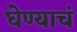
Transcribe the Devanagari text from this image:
घेण्याचं